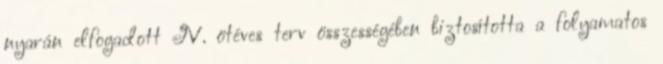
nyarán elfogadott IV. ötéves terv összességében biztosította a folyamatos